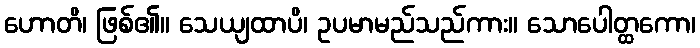
ဟောတိ၊ ဖြစ်၏။ သေယျထာပိ၊ ဥပမာမည်သည်ကား။ သောပေါတ္ထကော၊